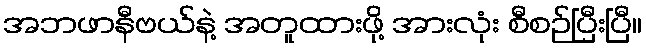
အဘဖာနီဗယ်နဲ့ အတူထားဖို့ အားလုံး စီစဉ်ပြီးပြီ။